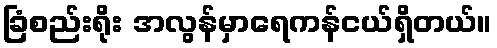
ခြံစည်းရိုး အလွန်မှာရေကန်ငယ်ရှိတယ်။